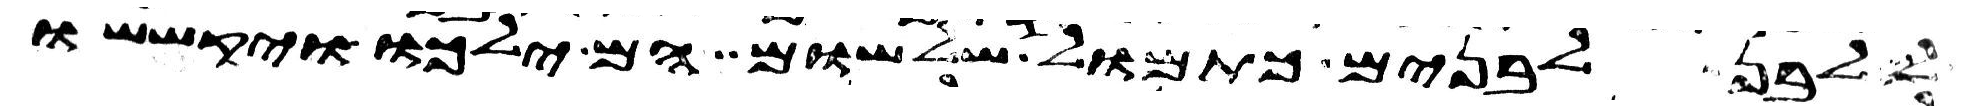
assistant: ללבן לבנים כתמול שלשום הם ילכו יקששו